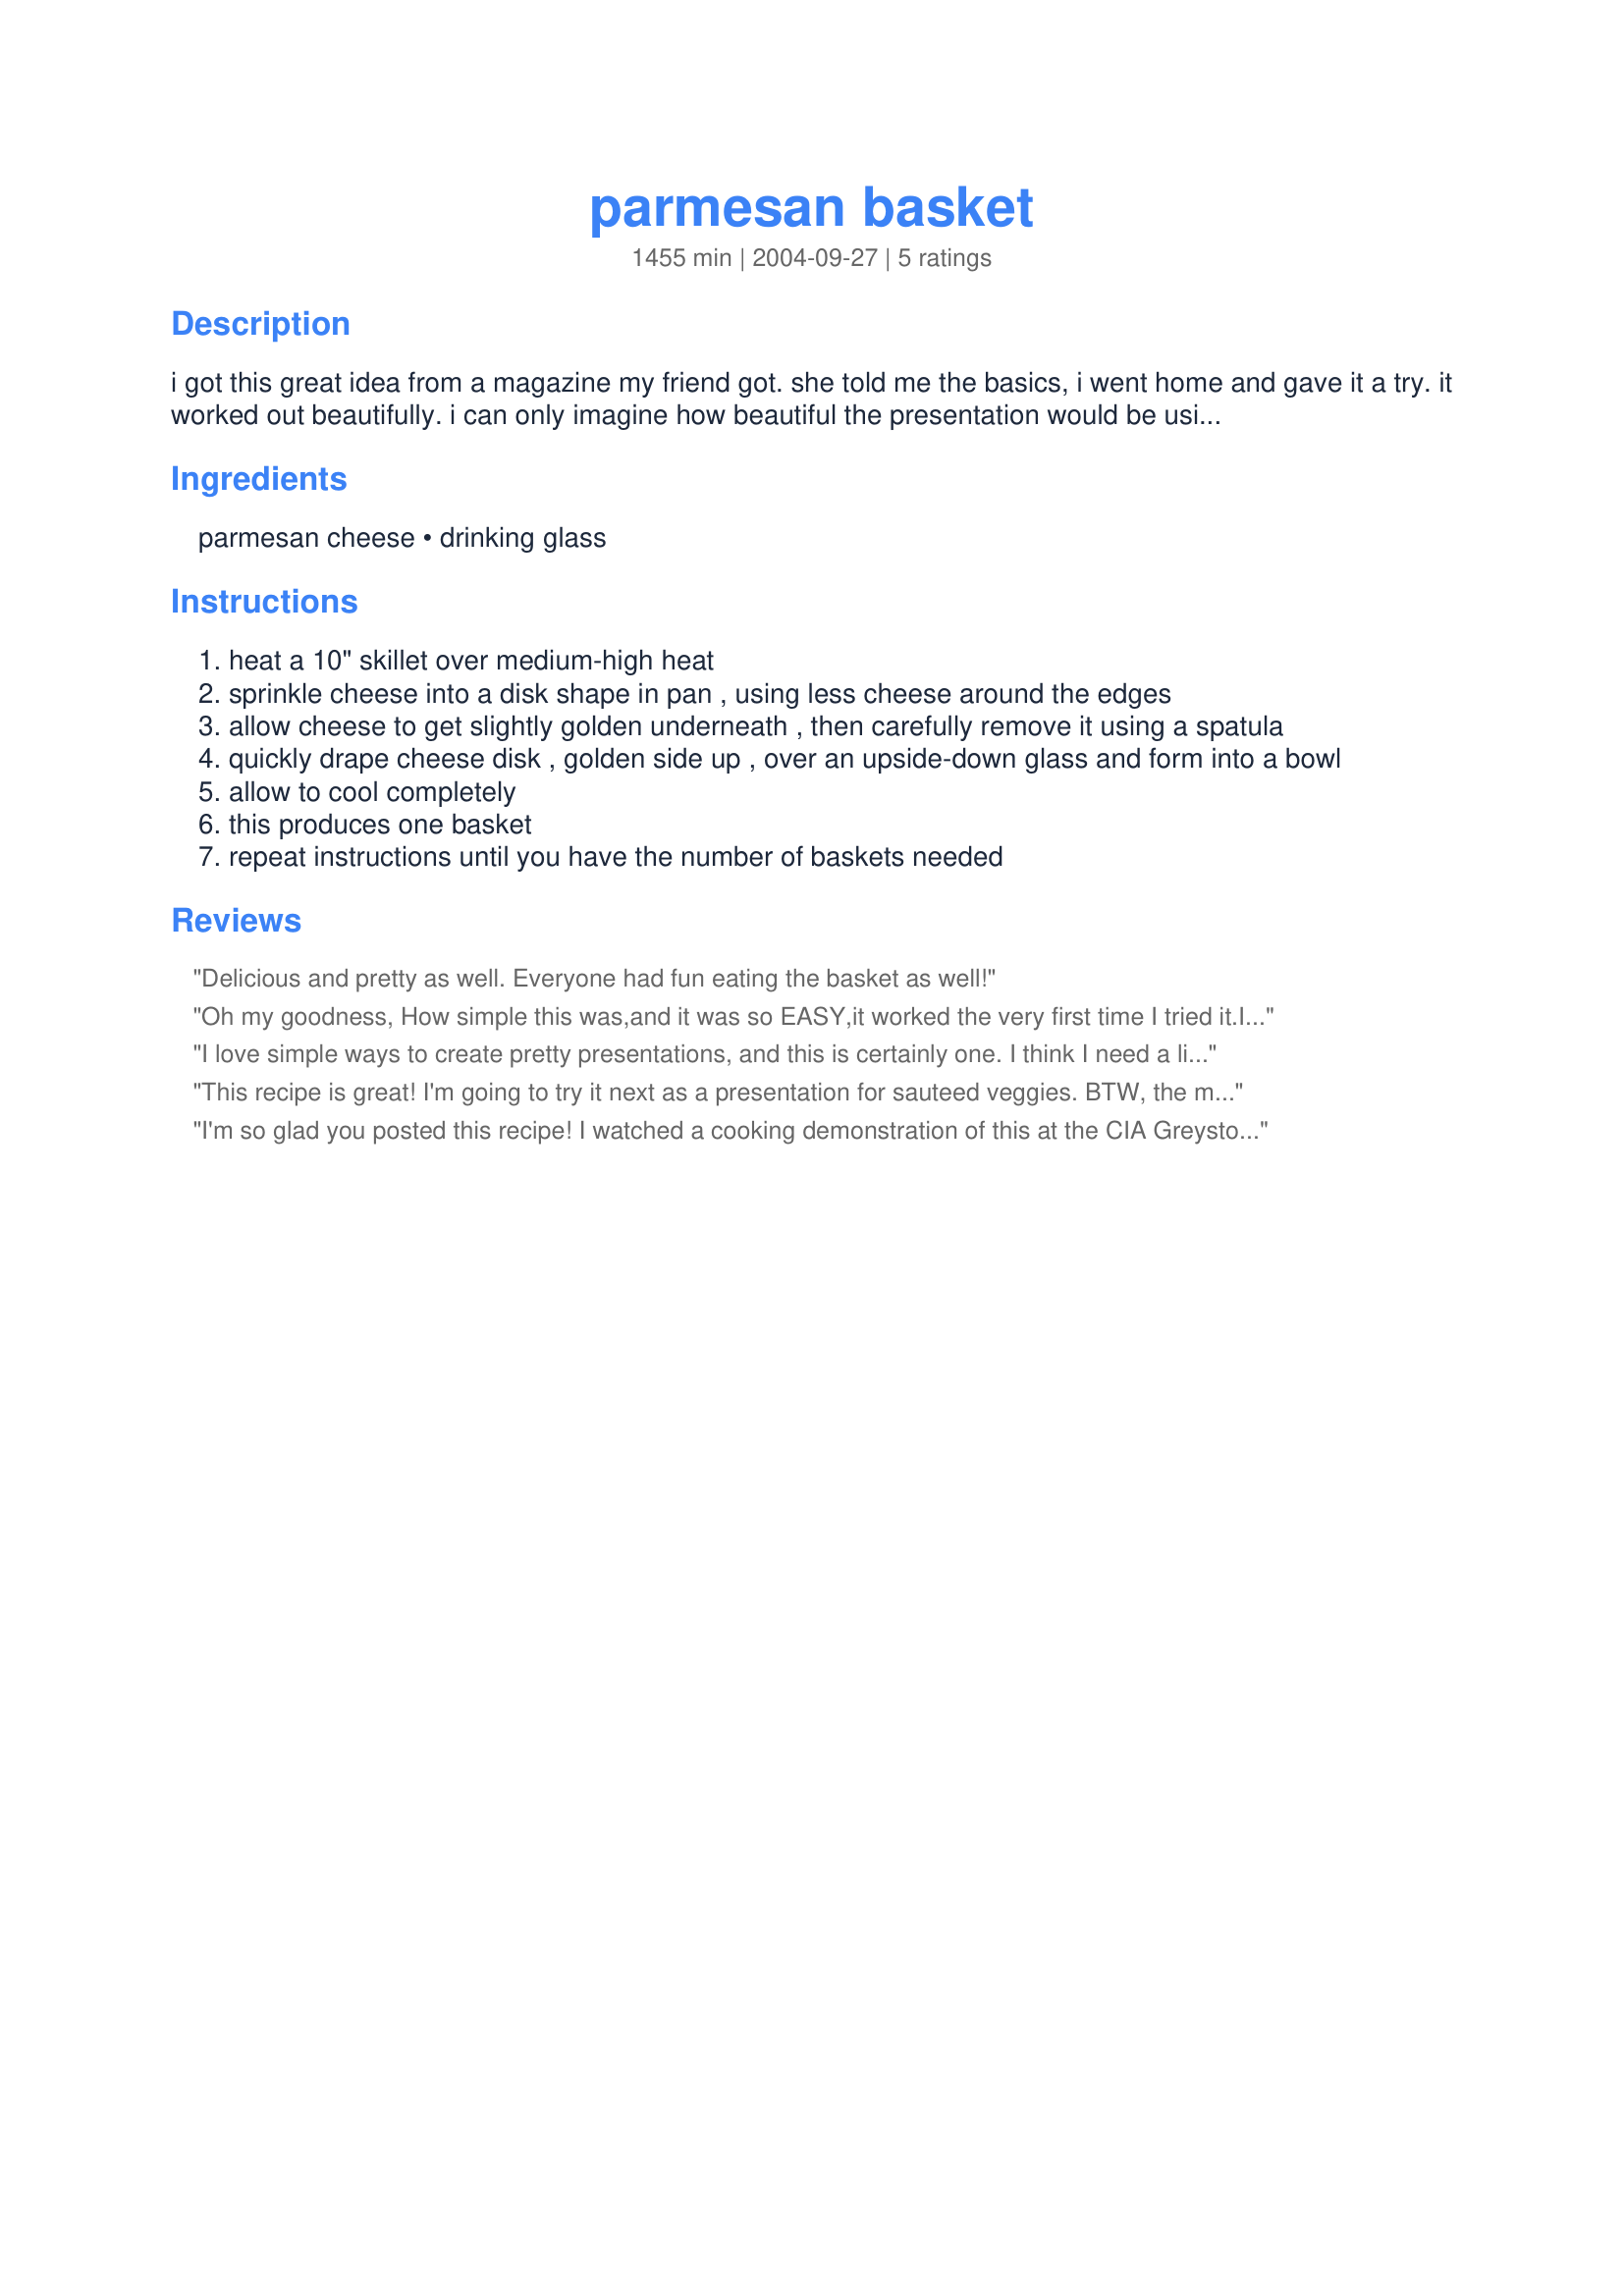
parmesan basket
Preparation time: 1455 minutes

i got this great idea from a magazine my friend got. she told me the basics, i went home and gave it a try. it worked out beautifully. i can only imagine how beautiful the presentation would be using these as salad shells. they have a lacy, delicate look to them.

Ingredients:
parmesan cheese, drinking glass

Steps:
heat a 10" skillet over medium-high heat
sprinkle cheese into a disk shape in pan , using less cheese around the edges
allow cheese to get slightly golden underneath , then carefully remove it using a spatula
quickly drape cheese disk , golden side up , over an upside-down glass and form into a bowl
allow to cool completely
this produces one basket
repeat instructions until you have the number of baskets needed

Reviews:
Delicious and pretty as well. Everyone had fun eating the basket as well!
Oh my goodness, How simple this was,and it was so EASY,it worked the very first time I tried it.I have gone crazy trying different sizes and shapes.We had a salad supper at church and I made a bunch of these with little slices of garlic bread in them,most wanted to take them home. Everybody went wild over them. 
Thanks so much for this fun recipe.Darlene
I love simple ways to create pretty presentations, and this is certainly one. I think I need a little practice, though, as mine could have been a little thinner, which would have made them more "lacy". I had to let the cheese cool in the skillet for a few seconds off the heat before I could slide a spatula under it without messing it up, then I turned it over a ramekin (rather than a drinking glass). I ran across a recipe since I made this one that calls for baking the cheese on a piece of parchment paper in the oven--after letting it cool for a few seconds, you just pick up the parchment, flip it over whatever you are using to mold the baskets, then carefully remove the paper and form the cheese. I may try it that way next time, as I think it could possibly be easier to transfer a thinner layer of cheese. In any case, this is a fun recipe--thanks for posting!
This recipe is great! I'm going to try it next as a presentation for sauteed veggies. BTW, the magazine it came from was Cuisine At Home. I just got it recently and it is really informative and the recipes look so good.
I'm so glad you posted this recipe! I watched a cooking demonstration of this at the CIA Greystone in the Napa Valley back in 1997. This is so good with a green salad tossed in a vinaigrette (they used balsamic vinegar I use a bowl instead of a glass to make it wide enough for a salad. It is a lovely presentation and the bowl tastes great! Don't worry if the bowl breaks, just sprinkle the pieces on your salad. Thanks Triviakat!
